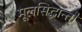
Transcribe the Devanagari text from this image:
मूलसिद्धान्‍तों